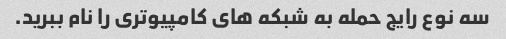
سه نوع رایج حمله به شبکه های کامپیوتری را نام ببرید.